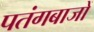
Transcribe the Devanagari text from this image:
पतंगबाजों